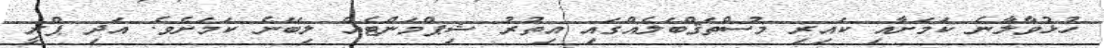
ހުޅުވާލާނެ ކަމަށާއި ކައިރި މުސްތަޤްބަލެއްގައި އިތުރު ޝިޕްމަންޓެއް ލިބޭނެ ކަމަށެވެ. އަދި ޕްރީ